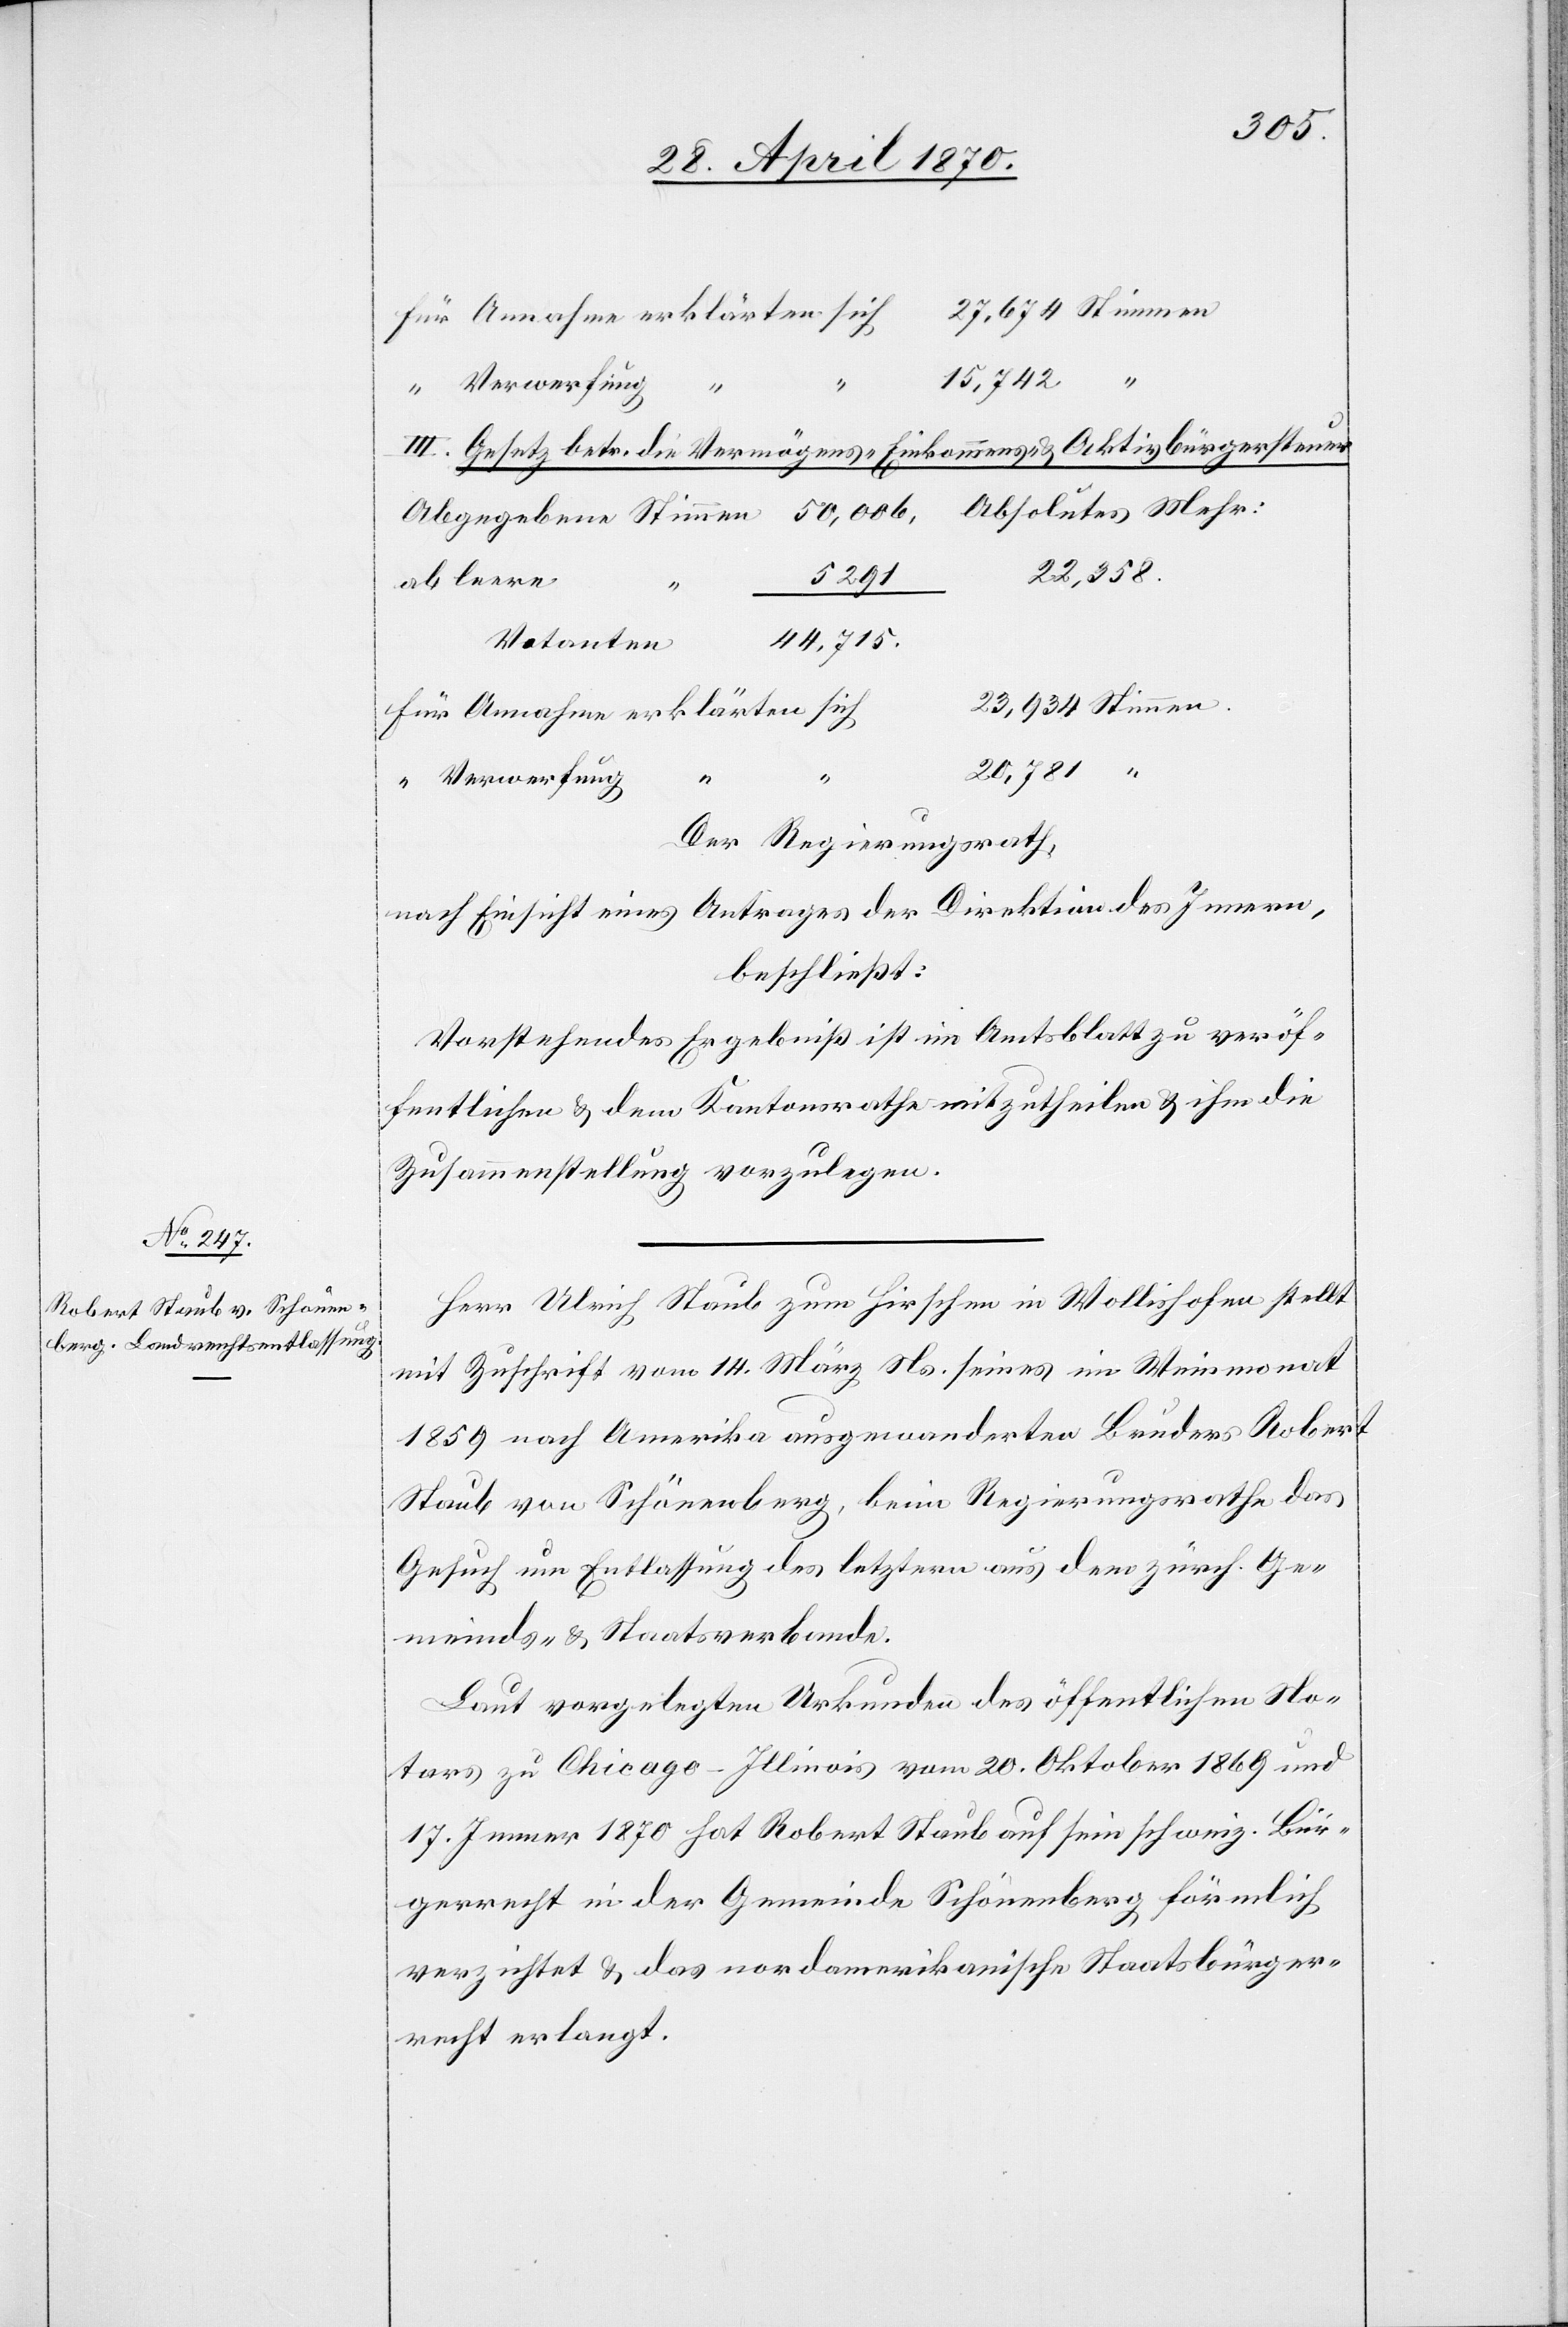
für Annahme erklärten sich 27,674 Stimmen
15,742
“ Verwerfung “
III. Gesetz betr. die Vermögens-[,] Einkommens- & Aktivbürgersteuer.
Abgegebene Stimmen	50,006,		Absolutes Mehr:
ab leere
23,934 Stimmen.
Für Annahme erklärten sich
“ Verwerfung
Der Regierungsrath,
nach Einsicht eines Antrages der Direktion des Innern,
beschließt:
Vorstehendes Ergebniß ist im Amtsblatt zu veröf¬
fentlichen & dem Kantonsrathe mitzutheilen & ihm die
Zusammenstellung vorzulegen.
Herr Ulrich Staub zum Hirschen in Wollishofen stellt
mit Zuschrift vom 14. März Ns. seines im Weinmonat
1859 nach Amerika ausgewanderten Bruders Robert
Staub von Schönenberg, beim Regierungsrathe das
Gesuch um Entlassung des letztern aus dem zürch. Ge¬
meinds- & Staatsverbande.
Laut vorgelegten Urkunden des öffentlichen No¬
tars zu Chicago - Illinois vom 20. Oktober 1869 und
17. Jenner 1870 hat Robert Staub auf sein schweiz. Bür¬
gerrecht in der Gemeinde Schönenberg förmlich
verzichtet & das nordamerikanische Staatsbürger¬
recht erlangt.